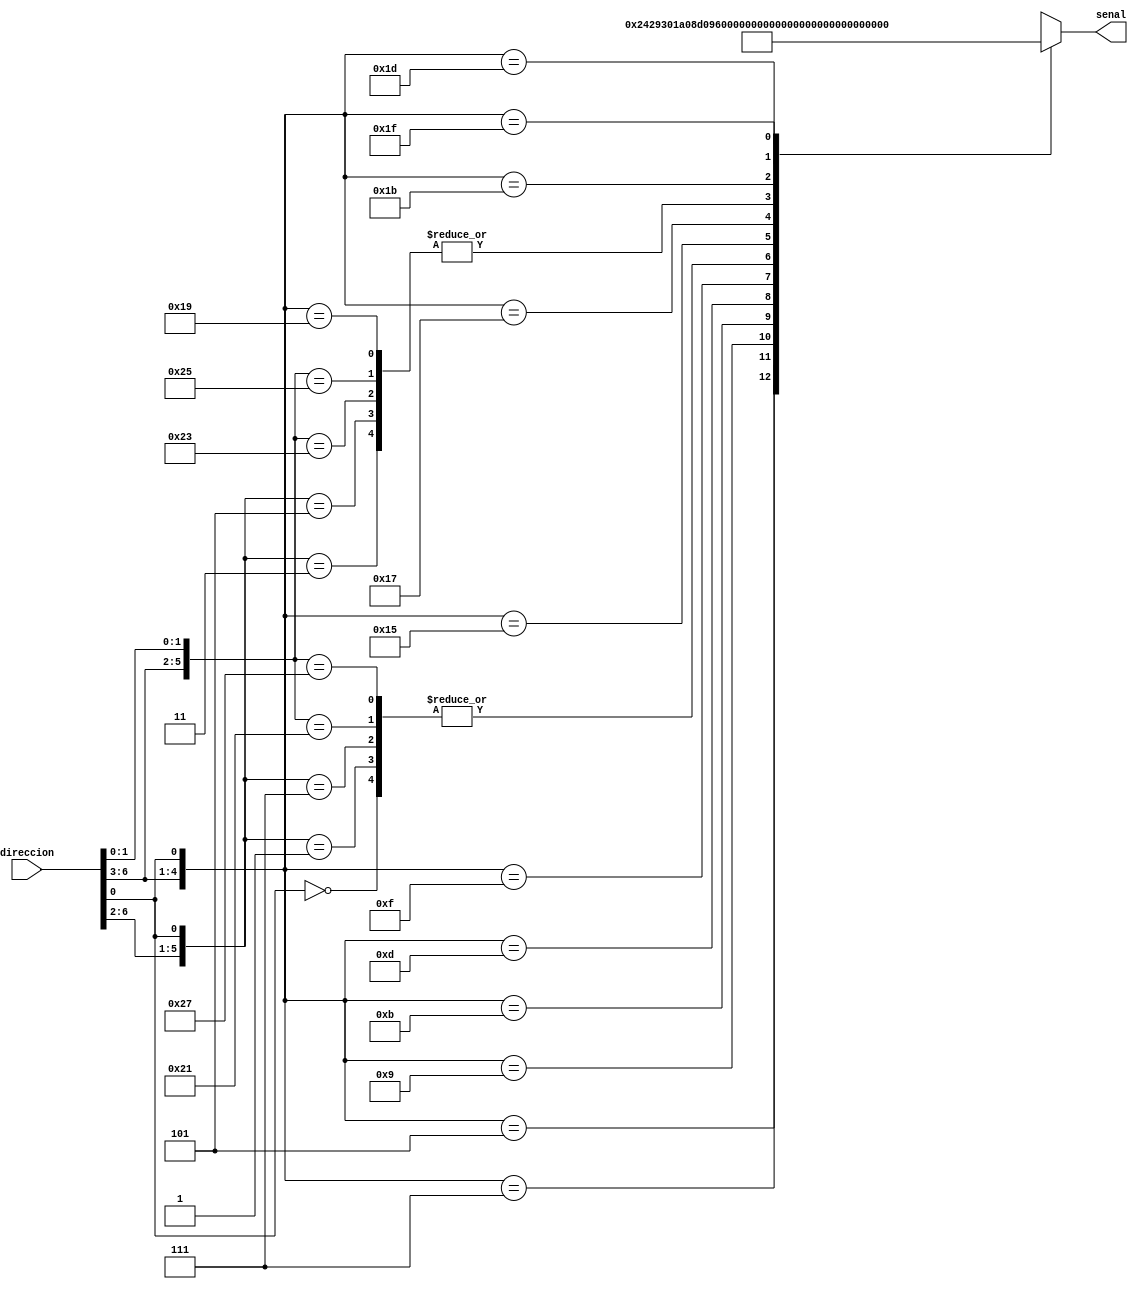
//JOse Luis Alvarez Pineda
//19392
//Seccion 21
//Laboratorio #09: ROM con CASE

module ROMcase(
  input wire [6:0] direccion,
  output wire [12:0] senal
  );

  reg[12:0] datos;

  always @ ( direccion )
    casez (direccion)
      7'b??????0: datos <= 13'b1000000001000;
      7'b00001?1: datos <= 13'b0100000001000;
      7'b00000?1: datos <= 13'b1000000001000;
      7'b00011?1: datos <= 13'b1000000001000;
      7'b00010?1: datos <= 13'b0100000001000;
      7'b0010??1: datos <= 13'b0001001000010;
      7'b0011??1: datos <= 13'b1001001100000;
      7'b0100??1: datos <= 13'b0011010000010;
      7'b0101??1: datos <= 13'b0011010000100;
      7'b0110??1: datos <= 13'b1011010100000;
      7'b0111??1: datos <= 13'b1000000111000;
      7'b1000?11: datos <= 13'b0100000001000;
      7'b1000?01: datos <= 13'b1000000001000;
      7'b1001?11: datos <= 13'b1000000001000;
      7'b1001?01: datos <= 13'b0100000001000;
      7'b1010??1: datos <= 13'b0011011000010;
      7'b1011??1: datos <= 13'b1011011100000;
      7'b1100??1: datos <= 13'b0100000001000;
      7'b1101??1: datos <= 13'b0000000001001;
      7'b1110??1: datos <= 13'b0011100000010;
      7'b1111??1: datos <= 13'b1011100100000;
    endcase

assign senal = datos;

endmodule